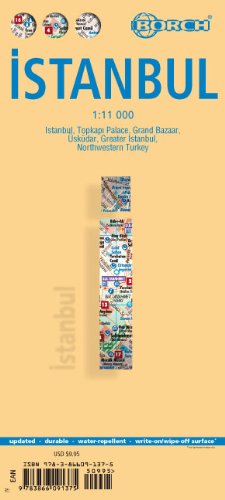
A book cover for Laminated Istanbul Map by Borch (English) (English, Spanish, French, Italian and German Edition); Borch; Travel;